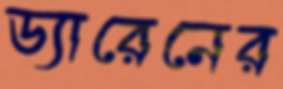
ড্যারেনের